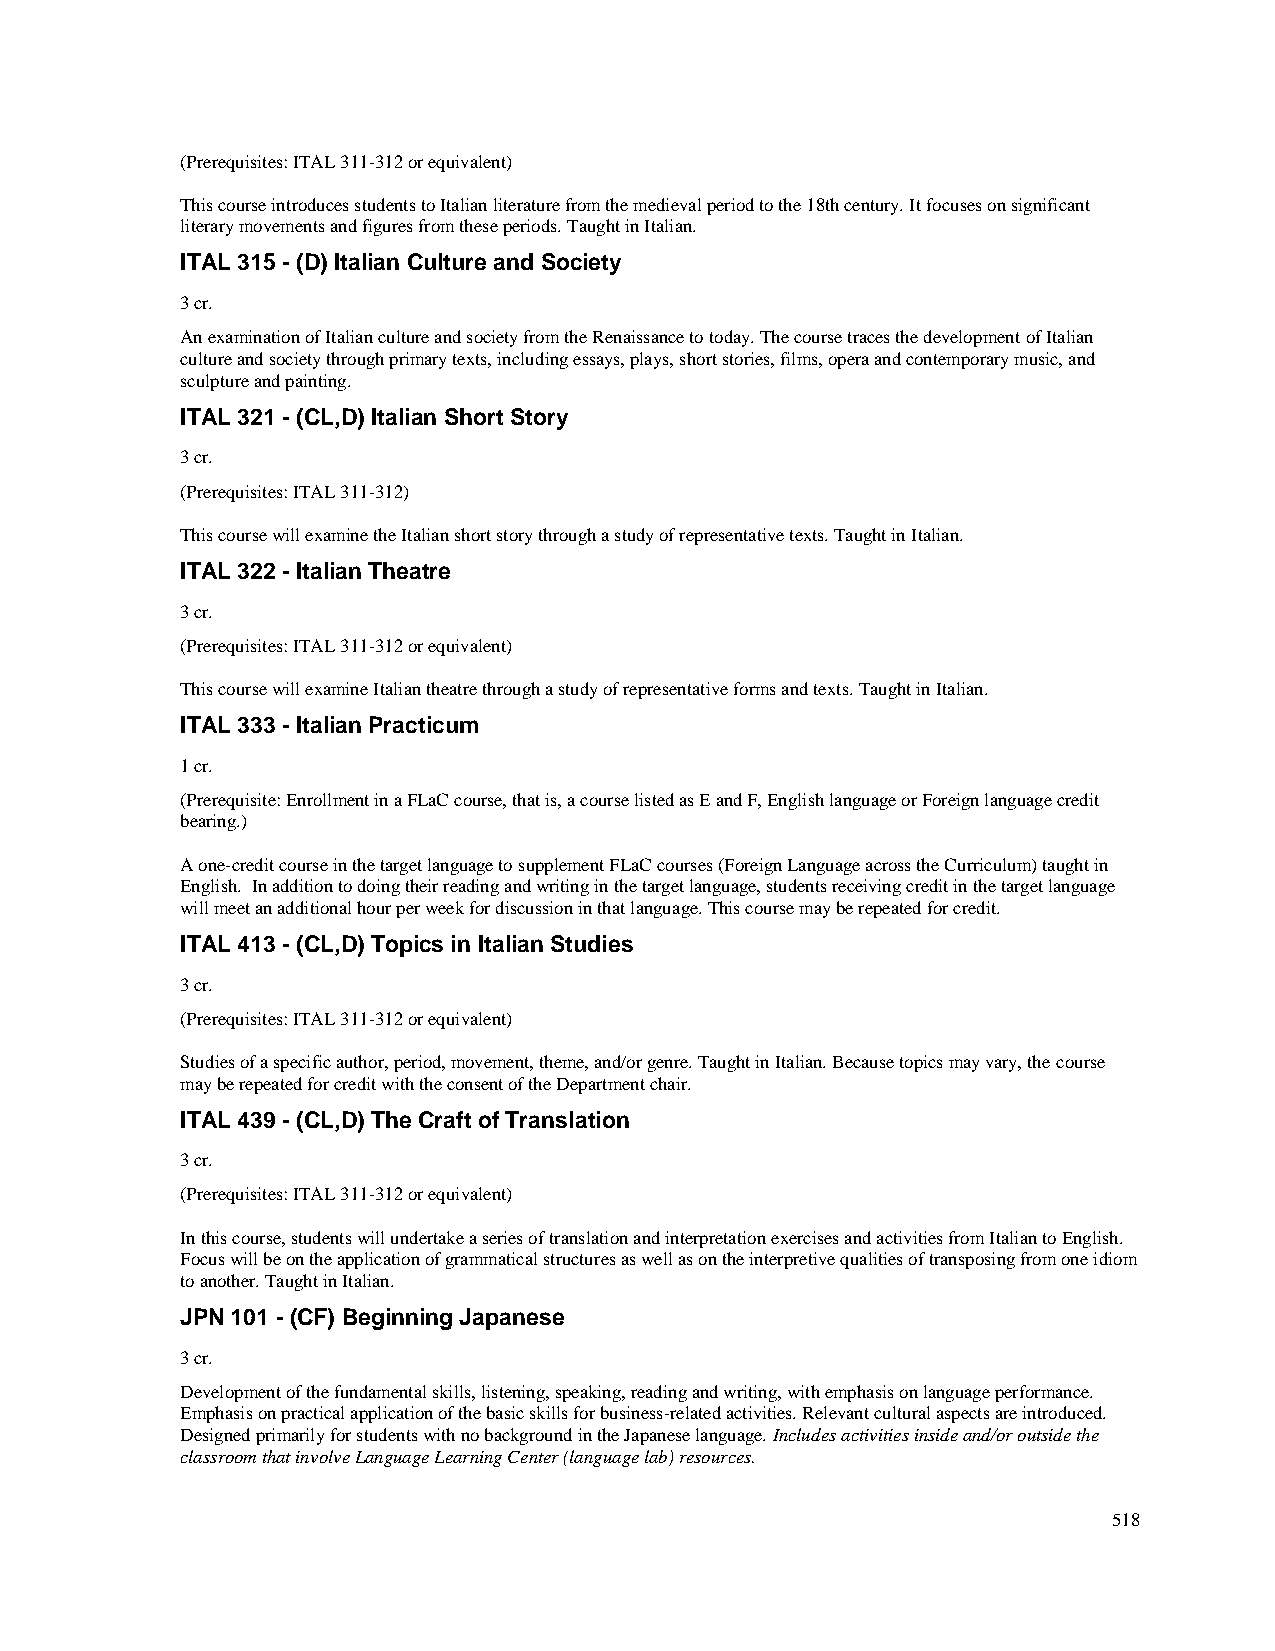
(Prerequisites: ITAL 311-312 or equivalent)
 This course introduces students to Italian literature from the medieval period to the 18th century. It focuses on significant
 literary movements and figures from these periods. Taught in Italian.
 ITAL 315 - (D) Italian Culture and Society
 3 cr.
 An examination of Italian culture and society from the Renaissance to today. The course traces the development of Italian
 culture and society through primary texts, including essays, plays, short stories, films, opera and contemporary music, and
 sculpture and painting.
 ITAL 321 - (CL,D) Italian Short Story
 3 cr.
 (Prerequisites: ITAL 311-312)
 This course will examine the Italian short story through a study of representative texts. Taught in Italian.
 ITAL 322 - Italian Theatre
 3 cr.
 (Prerequisites: ITAL 311-312 or equivalent)
 This course will examine Italian theatre through a study of representative forms and texts. Taught in Italian.
 ITAL 333 - Italian Practicum
 1 cr.
 (Prerequisite: Enrollment in a FLaC course, that is, a course listed as E and F, English language or Foreign language credit
 bearing.)
 A one-credit course in the target language to supplement FLaC courses (Foreign Language across the Curriculum) taught in
 English. In addition to doing their reading and writing in the target language, students receiving credit in the target language
 will meet an additional hour per week for discussion in that language. This course may be repeated for credit.
 ITAL 413 - (CL,D) Topics in Italian Studies
 3 cr.
 (Prerequisites: ITAL 311-312 or equivalent)
 Studies of a specific author, period, movement, theme, and/or genre. Taught in Italian. Because topics may vary, the course
 may be repeated for credit with the consent of the Department chair.
 ITAL 439 - (CL,D) The Craft of Translation
 3 cr.
 (Prerequisites: ITAL 311-312 or equivalent)
 In this course, students will undertake a series of translation and interpretation exercises and activities from Italian to English.
 Focus will be on the application of grammatical structures as well as on the interpretive qualities of transposing from one idiom
 to another. Taught in Italian.
 JPN 101 - (CF) Beginning Japanese
 3 cr.
 Development of the fundamental skills, listening, speaking, reading and writing, with emphasis on language performance.
 Emphasis on practical application of the basic skills for business-related activities. Relevant cultural aspects are introduced.
 Designed primarily for students with no background in the Japanese language. Includes activities inside and/or outside the
 classroom that involve Language Learning Center (language lab) resources.
 518